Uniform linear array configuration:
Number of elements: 24
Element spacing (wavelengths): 0.25
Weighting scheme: uniform
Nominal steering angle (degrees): -30
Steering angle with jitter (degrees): -30.202
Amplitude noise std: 0.05
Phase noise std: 0.05

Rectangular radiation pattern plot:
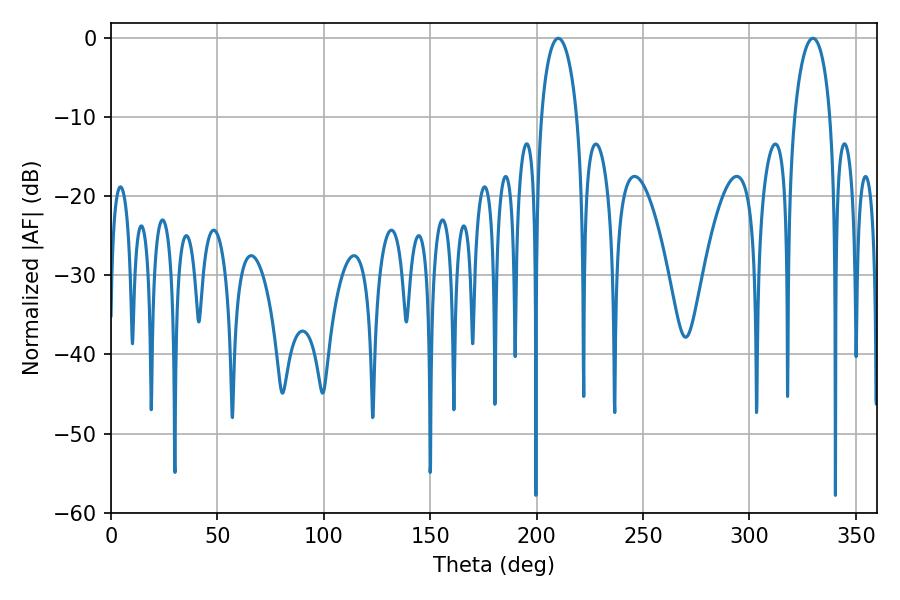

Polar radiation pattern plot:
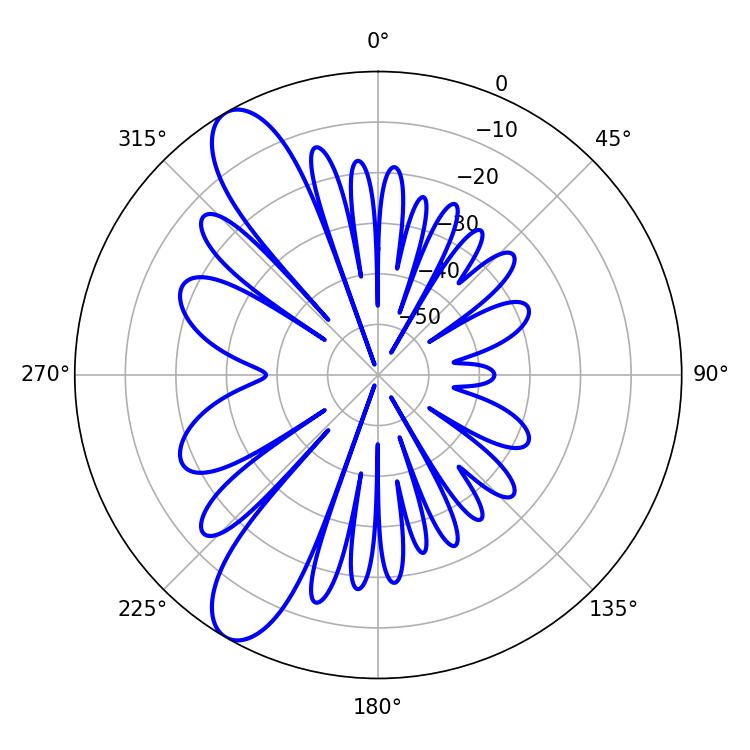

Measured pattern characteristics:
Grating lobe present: FALSE
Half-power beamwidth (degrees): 9.54
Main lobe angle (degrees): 210.24